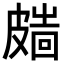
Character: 𥀑